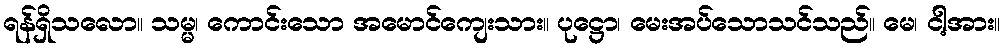
ရန်ရှိသလော။ သမ္မ၊ ကောင်းသော အမောင်ကျေးသား။ ပုဋ္ဌော၊ မေးအပ်သောသင်သည်။ မေ၊ ငါ့အား။